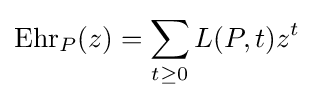
\operatorname {Ehr} _{P}(z)=\sum _{t\geq 0}L(P,t)z^{t}